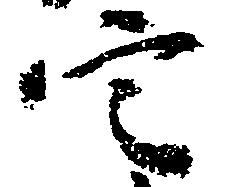
定